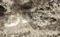
رصدت